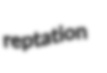
reptation